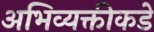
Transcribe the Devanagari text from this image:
अभिव्यक्तीकडे